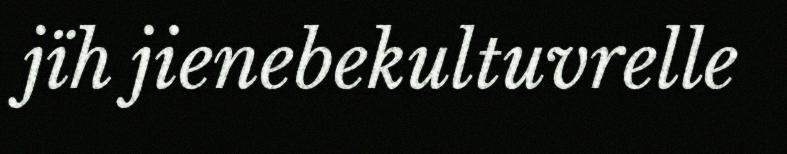
jïh jienebekultuvrelle